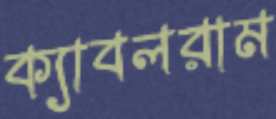
ক্যাবলরাম